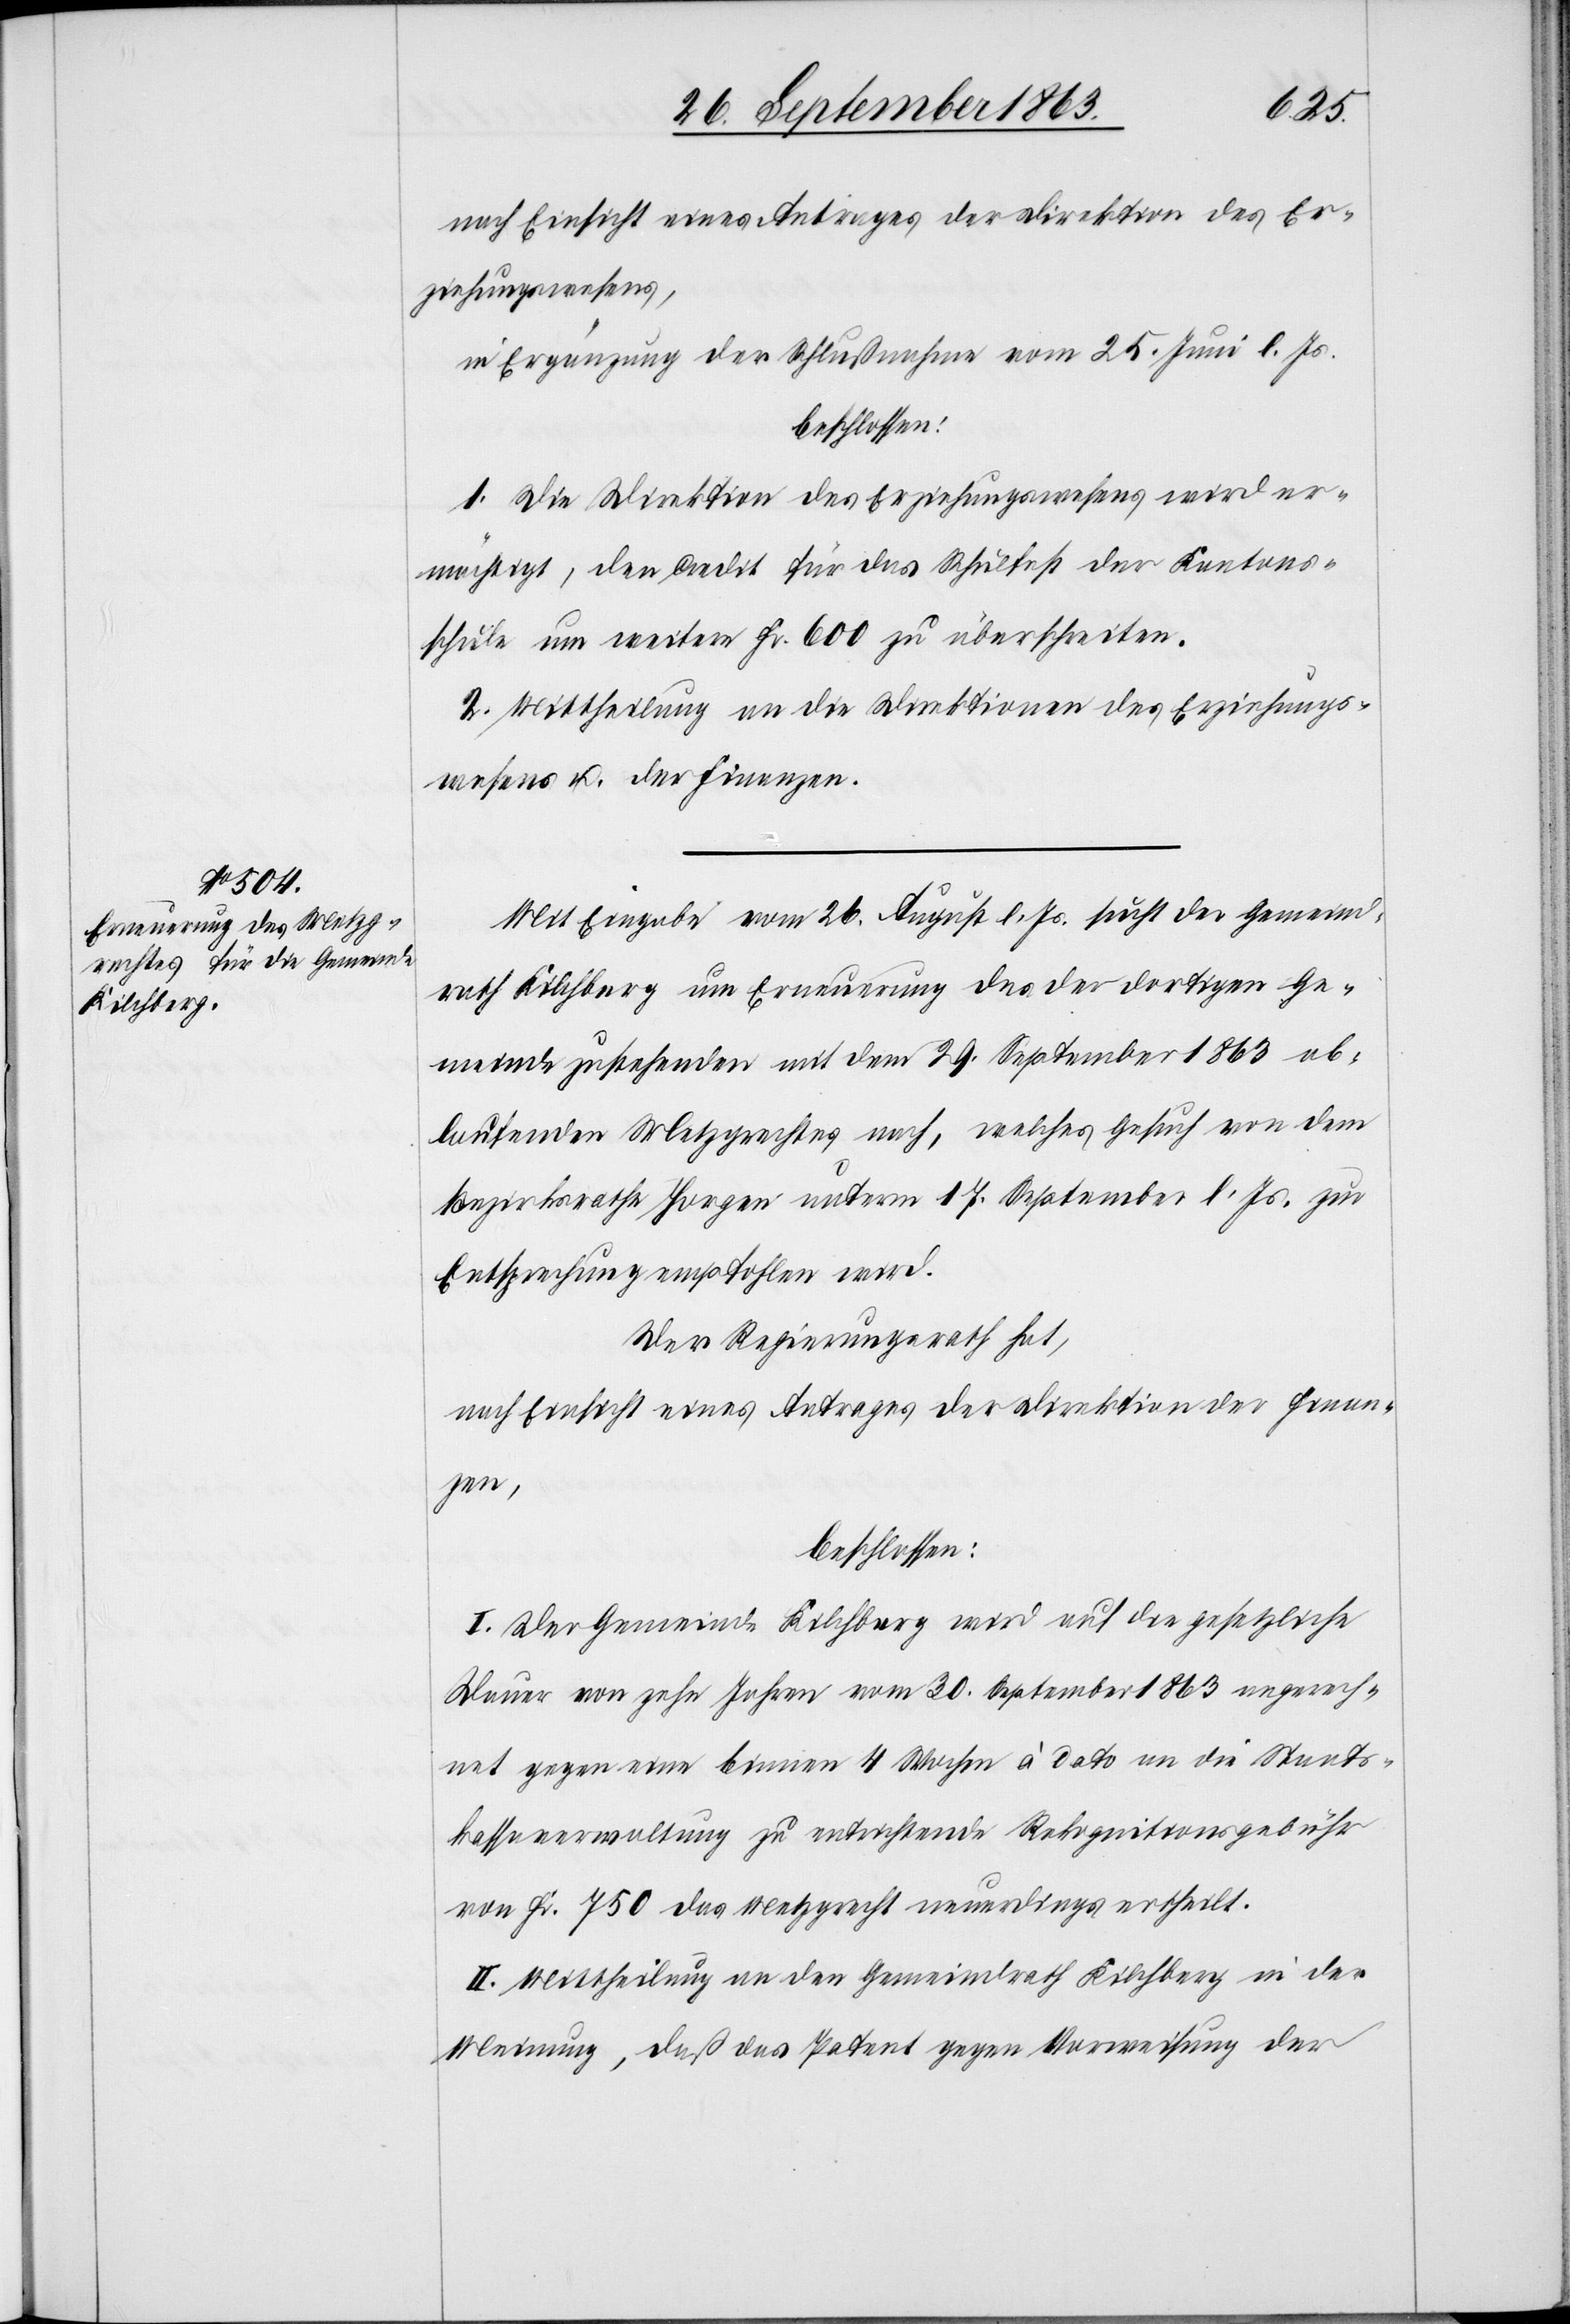
nach Einsicht eines Antrages der Direktion des Er¬
ziehungswesens,
in Ergänzung der Schlußnahme vom 25. Juni l. Js.
beschlossen:
1. Die Direktion des Erziehungswesens wird er¬
mächtigt, den Credit für das Schulfest der Kantons¬
schule um weitere Fr. 600 zu überschreiten.
2. Mittheilung an die Direktionen des Erziehungs¬
wesens u. der Finanzen.
Mit Eingabe vom 26. August l. Js. sucht der Gemeind¬
rath Kilchberg um Erneuerung des der dortigen Ge¬
meinde zustehenden mit dem 29. September 1863 ab¬
laufenden Metzgrechtes nach, welches Gesuch von dem
Bezirksrathe Horgen unterm 17. September l. Js. zur
Entsprechung empfohlen wird.
Der Regierungsrath hat,
nach Einsicht eines Antrages der Direktion der Finan¬
zen,
beschlossen:
I. Der Gemeinde Kilchberg wird auf die gesetzliche
Dauer von zehn Jahren vom 30. September 1863 angerech¬
net gegen eine binnen 4 Wochen à dato an die Staats¬
kassaverwaltung zu entrichtende Rekognitionsgebühr
von Fr. 750 das Metzgrecht neuerdings ertheilt.
II. Mittheilung an den Gemeindrath Kilchberg in der
Meinung, daß das Patent gegen Vorweisung der